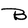
Character: B